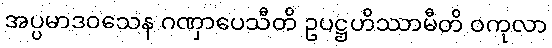
အပ္ပမာဒဝသေန ဂဏှာပေသီတိ ဥပဋ္ဌဟိဿာမီတိ ဝကုလာ